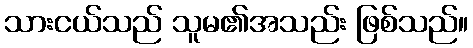
သားငယ်သည် သူမ၏အသည်း ဖြစ်သည်။